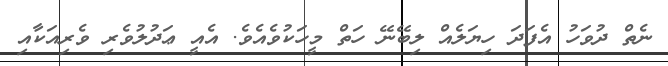
ނެތް ދުވަހު އެފަދަ ހިޔަލެއް ލިބޭނޭ ހަތް މީހަކުވެއެވެ. އެއީ ޢަދުލުވެރި ވެރިއަކާއި